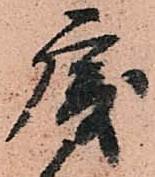
唐